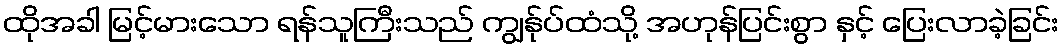
ထိုအခါ မြင့်မားသော ရန်သူကြီးသည် ကျွန်ုပ်ထံသို့ အဟုန်ပြင်းစွာ နှင့် ပြေးလာခဲ့ခြင်း